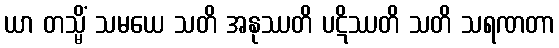
ယာ တသ္မိံ သမယေ သတိ အနုဿတိ ပဋိဿတိ သတိ သရဏတာ